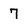
Character: 7